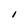
Character: I